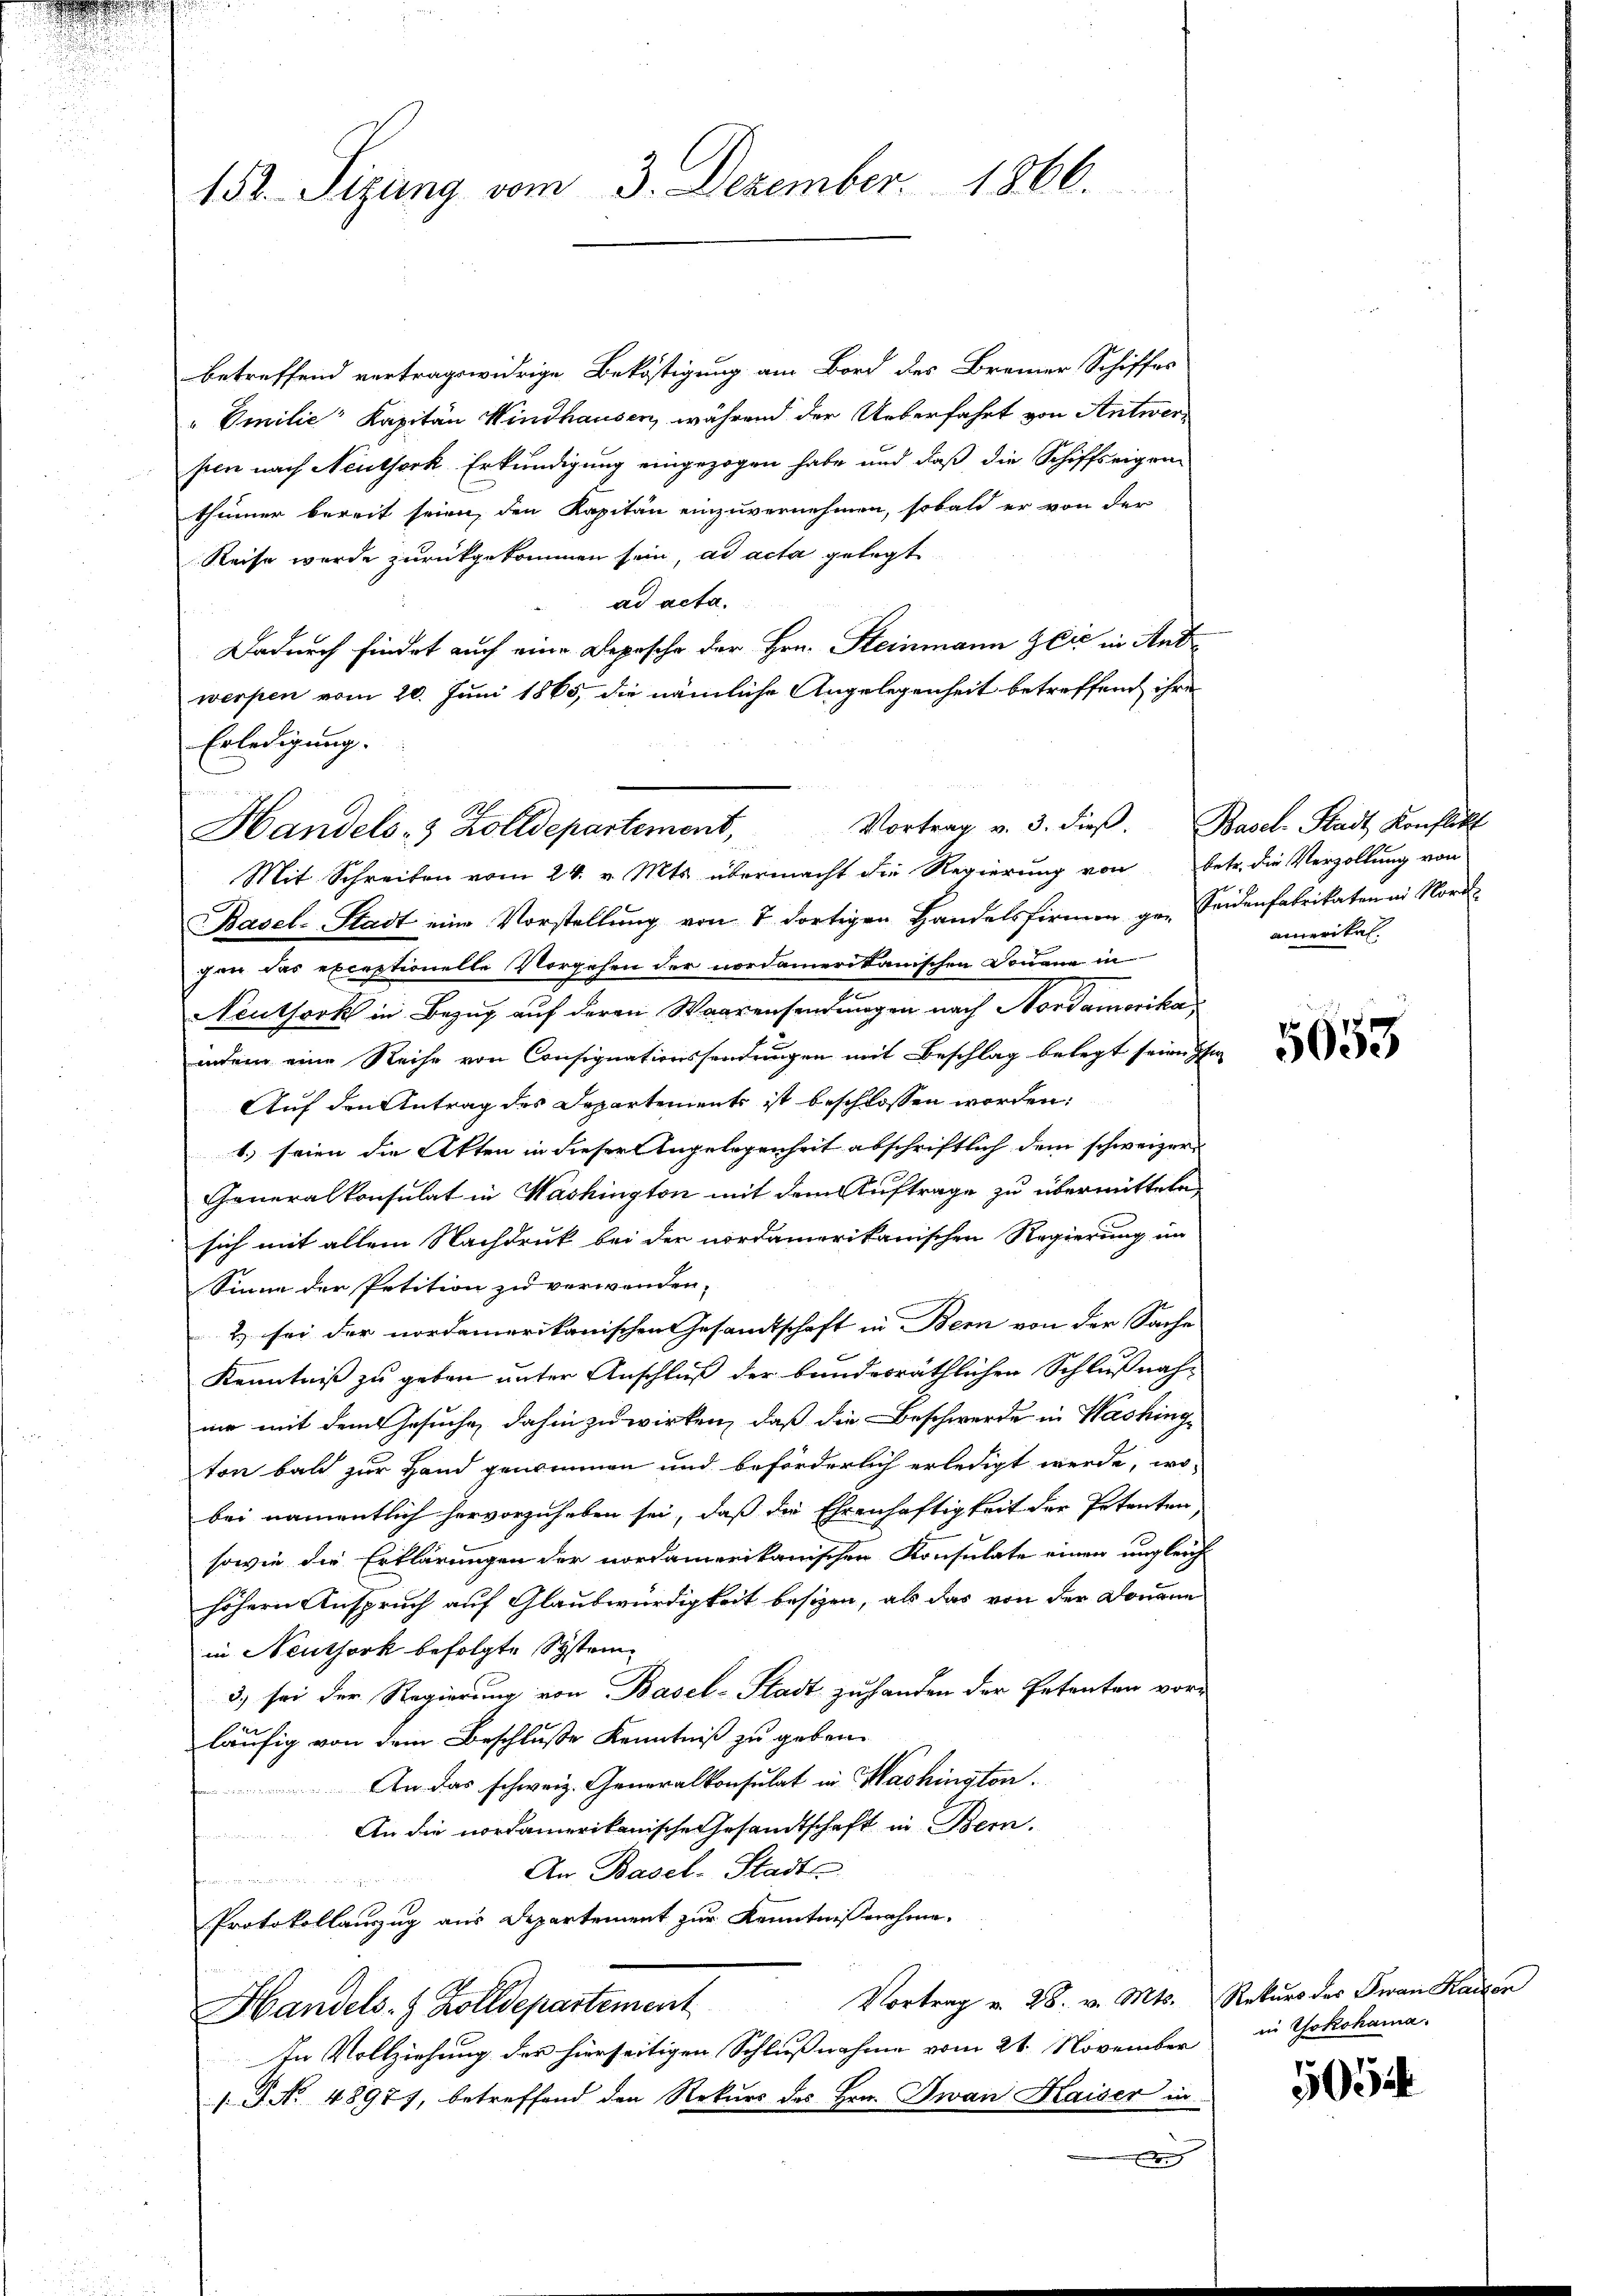
.

betreffend vertragswidrige Beköstigung am Bord des Brenner Schiffes
" Emilie Kapitän Windhausen, während der Ueberfahrt von Antwersten nach Neuthork Erkundigung eingezogen habe und daß die Schiffseigen-
thümer bereit seien, den Kapitän einzuvernehmen, sobald er von der
Reise wurde zurückgekommen sein, ad acta gelegt
ad acta.
Dadurch findet auch eine Depesche der Hrn. Steinmann Zeit in Ant
werpen vom 20. Juni 1865, die nämliche Angelegenheit betreffend ihre
Erledigung.
Vortrag v. 3. dieβ. Basel Stadt Konflikt
Basel-Stadt eine Vorstellung von 7 dortigen Handelsfirmen ge-Feidenfabrikaten in Nord-
gen das exceptionelle Vorgehen der nordamerikanischen Douane in
Neuthork in Bezug auf deren Waarensendungen nach Nordamerika
indem eine Reihe von Consignationssendungen mit Beschlag belegt seien se
Auf den Antrag des Departements ist beschlossen worden:
1.) seien die Akten in dieser Angelegenheit abschriftlich dem schweizer¬
Generalkonsulat in Washington mit dem Auftrage zu übermitteln,
sich mit allem Nachdruk bei der nordamerikanischen Regierung im
Sinne der Petition zu verwenden,
2) sei der nordamerikanischen Gesamtschaft in Bern von der Sache
Kenntniß zu geben unter Anschluß der bundesräthlichen Schlußnahmir mit dem Gesuche, dahin zu wirken, daß die Beschwerde in Washinge
ton bald zur Hand genommen und beförderlich erledigt werde, wo-
bei namentlich hervorzuheben sei, daß die Ehrenhaftigkeit der Petenten
sowie die Erklärungen der nordamerikanischen Konsulate einen ungleich
höhern Anspruch auf Glaubwürdigkeit besizen, als das von der Donne
in Neuthork befolgte System
3) sei der Regierung von Basel-Stadt zu handen der Petenten vor-
.
läufig von dem Beschluße Kenntniß zu geben.
An das schweiz. Generalkonsulat in Mashington
An die nordamerikanische Gesandtschaft in Bern.
Bette zu
An Basel-Stadt
 machen
Protokollauszug aus Departement zur Kenntnisnahme.
Vortrag v. 28. v. Mts. Rekurs des Jwan Kaisen
Handels- & Zolldepartement
In Vollziehung der hierseitigen Schlußnahme vom 21. November
J No 4897), betreffend den Rekurs des Hrn. Jwan Haiser in
nung

152. Sigung vom 3. Dezember 1866.

Handels- & Zolldepartement,
Mit Schreiben vom 24. v. Mts. übermacht die Regierung von betr. die Verzollung von

amerikal

5653

in Yokohama.

5052